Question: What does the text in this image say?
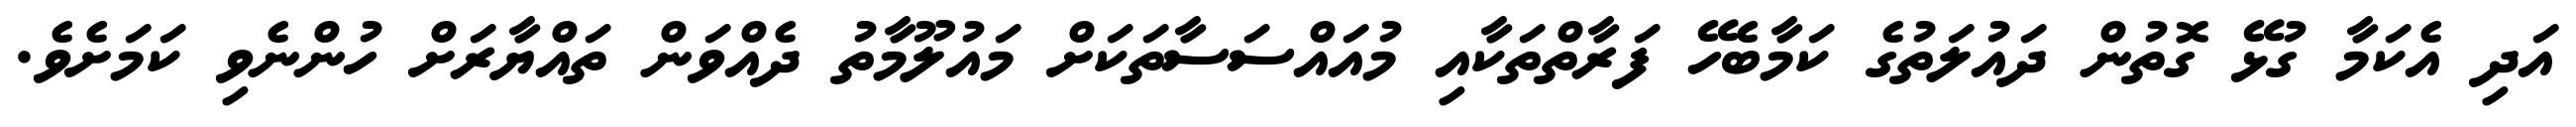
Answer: އަދި އެކަމާ ގުޅޭ ގޮތުން ދައުލަތުގެ ކަމާބެހޭ ފަރާތްތަކާއި މުއައްސަސާތަކަށް މައުލޫމާތު ދެއްވަން ތައްޔާރަށް ހުންނެވި ކަމަށެވެ.